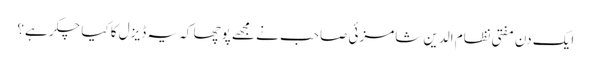
ایک دن مفتی نظام الدین شامزئی صاحب نے مجھے پوچھا کہ یہ ڈیزل کا کیا چکر ہے؟